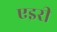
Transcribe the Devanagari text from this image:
एइरी